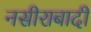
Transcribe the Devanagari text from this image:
नसीराबादी